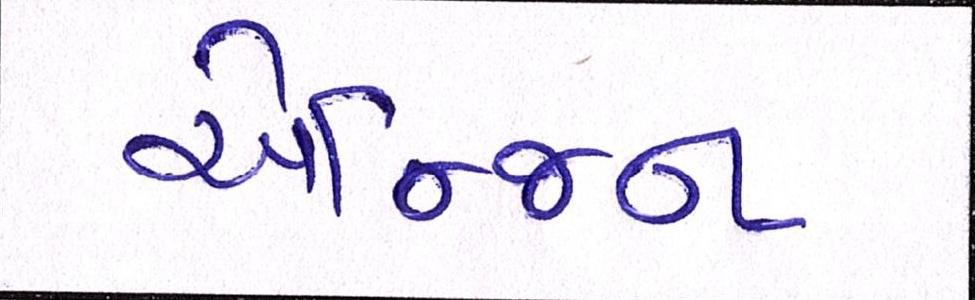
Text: એન્જિન